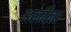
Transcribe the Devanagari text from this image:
अर्लीला